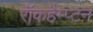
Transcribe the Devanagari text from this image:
रॉकहैम्प्टन